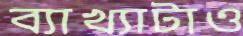
ব্যাখ্যাটাও